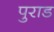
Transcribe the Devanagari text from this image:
पुराड